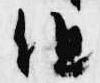
但